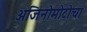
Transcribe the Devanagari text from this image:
अजिनोमोटोचा